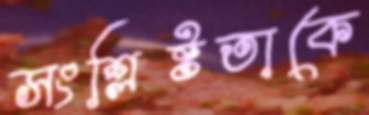
সংশ্লিষ্টতাকে